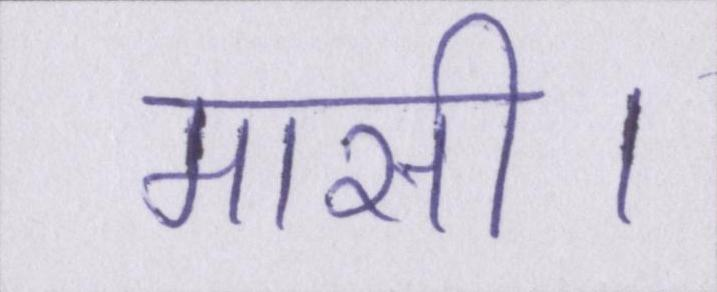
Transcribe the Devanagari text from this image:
मासी।